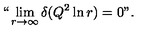
` ` \lim _ { r \rightarrow \infty } \delta ( Q ^ { 2 } \ln r ) = 0 " .